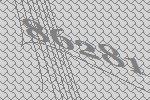
86281